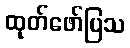
ထုတ်ဖော်ပြသ